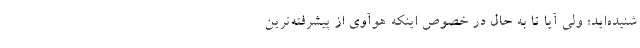
شنیده‌اید؛ ولی آیا تا به حال در خصوص اینکه هوآوی از پیشرفته‌ترین